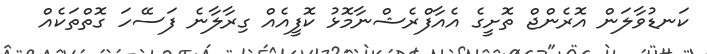
ކަނޑުވާލަން އޮރެންޖް ތޮށީގެ އެއާފްރެޝްނާމޮޅު ކޮފީއެއް ގިރާލާނެ ފަސޭހަ ގޮތްތަކެއް